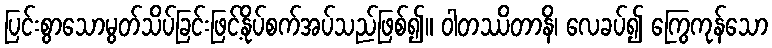
ပြင်းစွာသောမွတ်သိပ်ခြင်းဖြင့်နိုပ်စက်အပ်သည်ဖြစ်၍။ ဝါတဿိတာနိ၊ လေခပ်၍ ကြွေကုန်သော